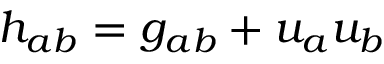
h _ { a b } = g _ { a b } + u _ { a } u _ { b }